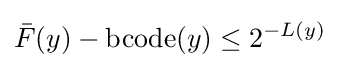
{\bar {F}}(y)-\operatorname {bcode} (y)\leq 2^{-L(y)}